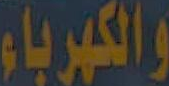
والكهرباء